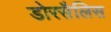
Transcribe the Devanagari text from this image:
डोरसैलिस